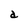
Character: d